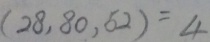
( 2 8 , 8 0 , 5 2 ) = 4